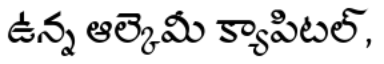
ఉన్న ఆల్కెమీ క్యాపిటల్,